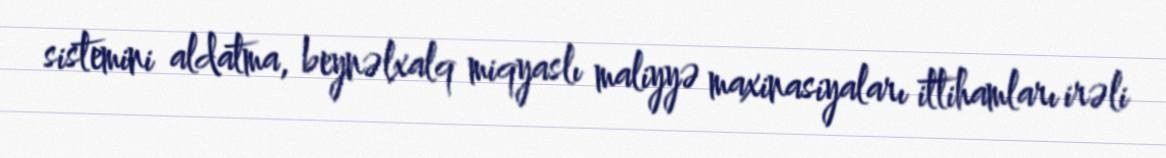
sistemini aldatma, beynəlxalq miqyaslı maliyyə maxinasiyaları ittihamları irəli